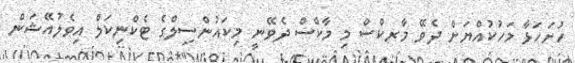
ހުށަހަޅާ މަހުކުއްޔަށް ދެވޭ މާރކްސް މި މާކްސް ދެވޭނީ މިކައުންސިލްގެ ޓެކްނިކަލް އިވެލުއޭޝަން